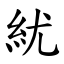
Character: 紌